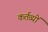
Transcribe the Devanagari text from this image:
कर्तव्‍यों